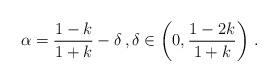
LaTeX: \begin{align*}\alpha=\frac{1-k}{1+k}-\delta \, , \delta\in \left(0, \frac{1-2k}{1+k}\right)\,.\end{align*}